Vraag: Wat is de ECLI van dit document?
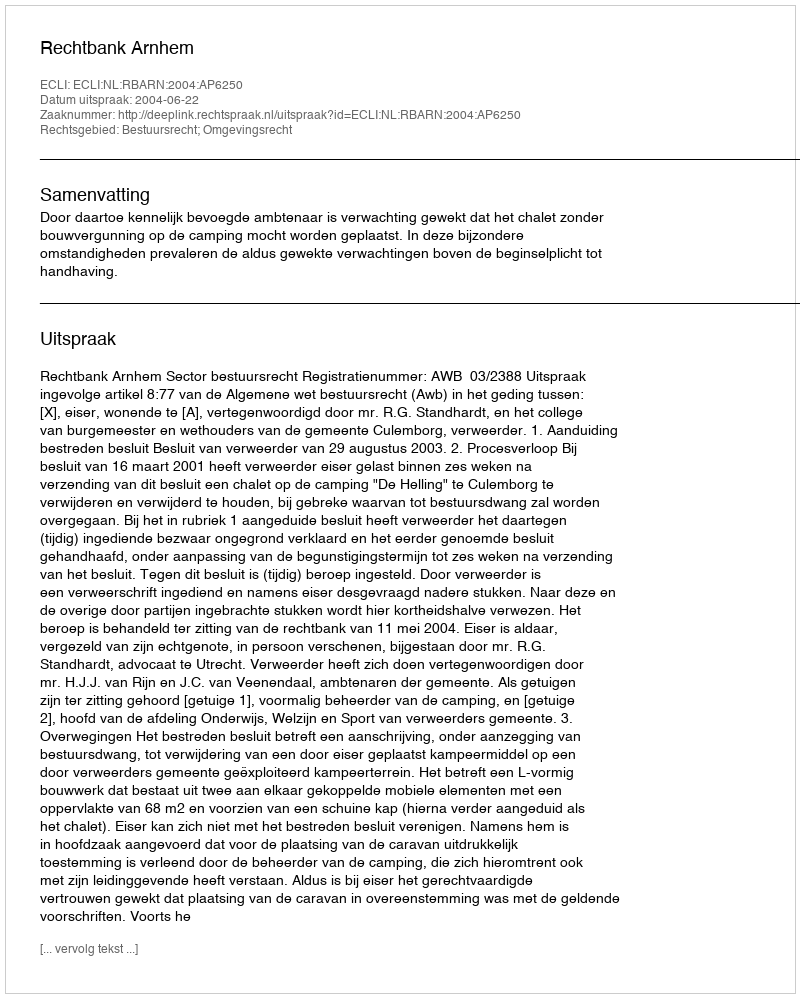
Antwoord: ECLI:NL:RBARN:2004:AP6250